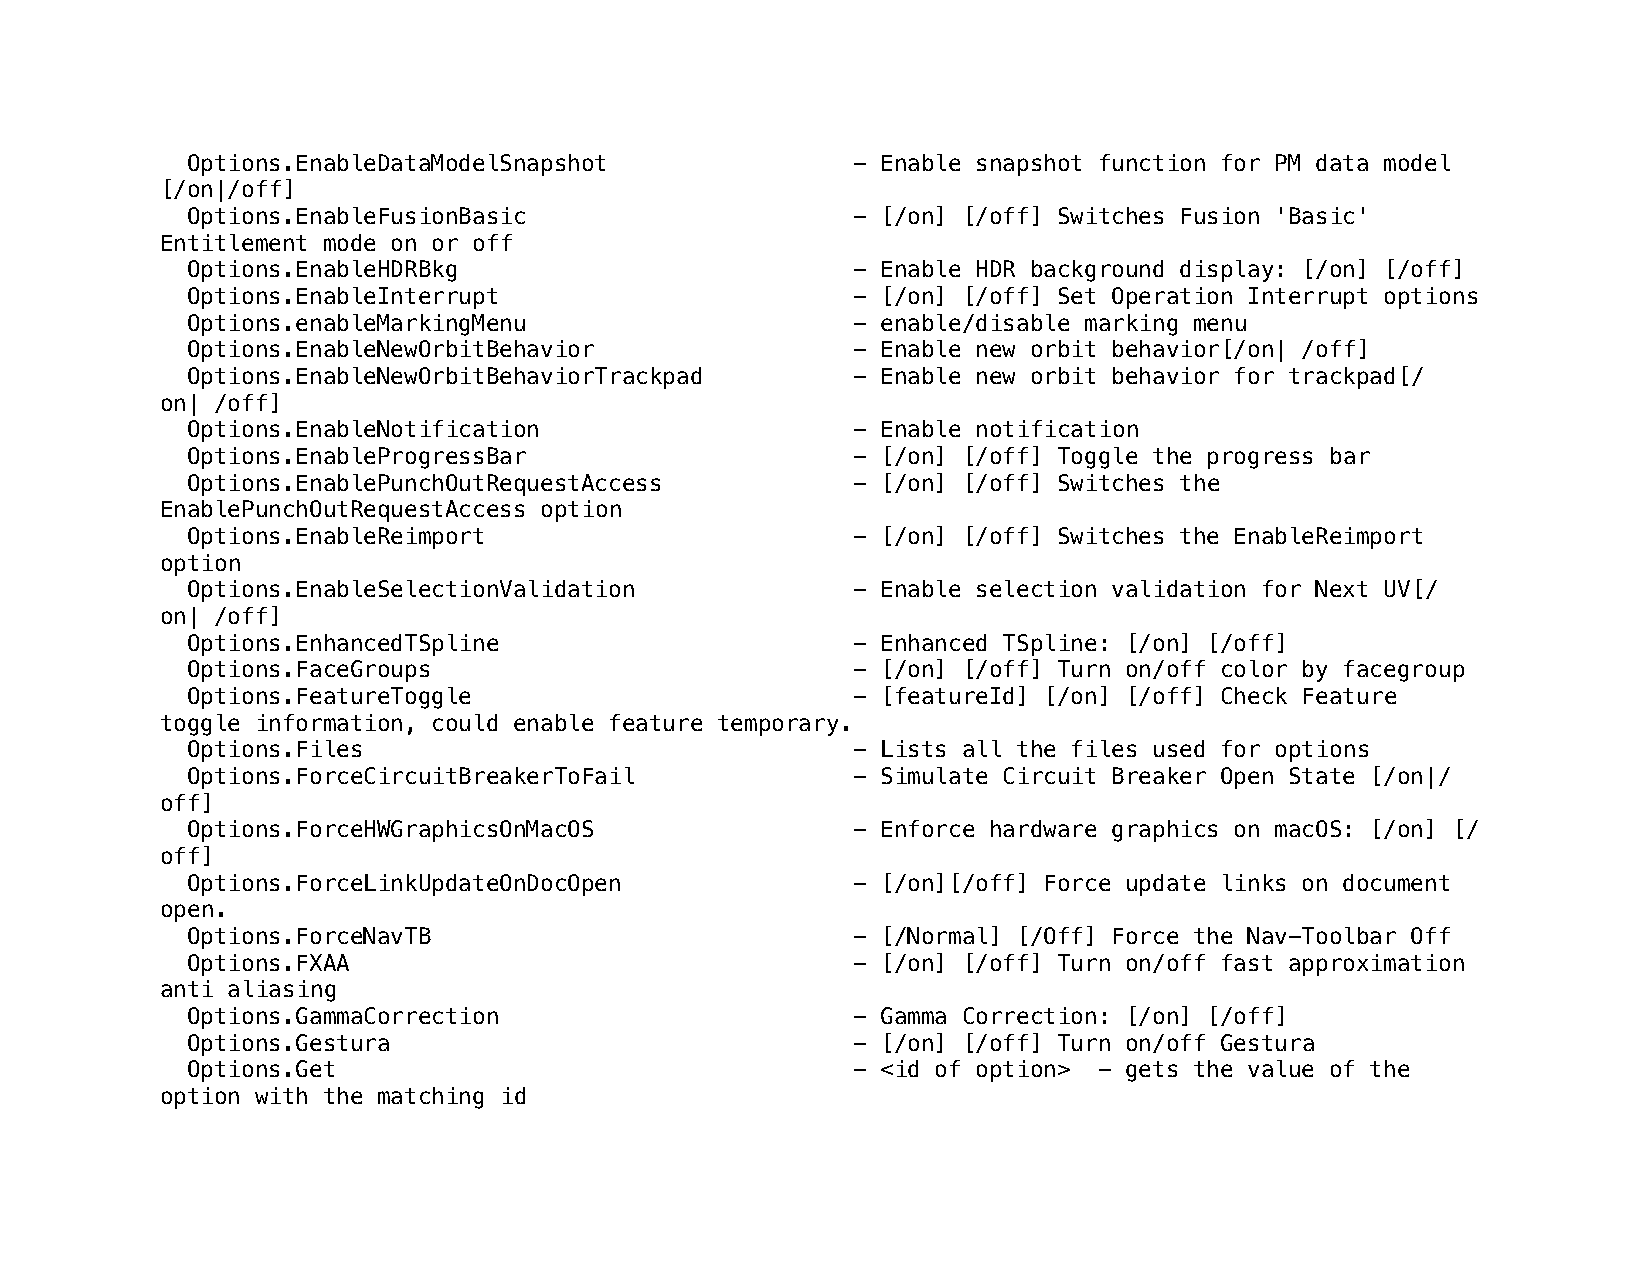
Options.EnableDataModelSnapshot             - Enable snapshot function for PM data model
 [/on|/off]
 Options.EnableFusionBasic                   - [/on] [/off] Switches Fusion 'Basic'
 Entitlement mode on or off
 Options.EnableHDRBkg                        - Enable HDR background display: [/on] [/off]
 Options.EnableInterrupt                     - [/on] [/off] Set Operation Interrupt options
 Options.enableMarkingMenu                   - enable/disable marking menu
 Options.EnableNewOrbitBehavior              - Enable new orbit behavior[/on| /off]
 Options.EnableNewOrbitBehaviorTrackpad      - Enable new orbit behavior for trackpad[/
 on| /off]
 Options.EnableNotification                  - Enable notification
 Options.EnableProgressBar                   - [/on] [/off] Toggle the progress bar
 Options.EnablePunchOutRequestAccess         - [/on] [/off] Switches the
 EnablePunchOutRequestAccess option
 Options.EnableReimport                      - [/on] [/off] Switches the EnableReimport
 option
 Options.EnableSelectionValidation           - Enable selection validation for Next UV[/
 on| /off]
 Options.EnhancedTSpline                     - Enhanced TSpline: [/on] [/off]
 Options.FaceGroups                          - [/on] [/off] Turn on/off color by facegroup
 Options.FeatureToggle                       - [featureId] [/on] [/off] Check Feature
 toggle information, could enable feature temporary.
 Options.Files                               - Lists all the files used for options
 Options.ForceCircuitBreakerToFail           - Simulate Circuit Breaker Open State [/on|/
 off]
 Options.ForceHWGraphicsOnMacOS              - Enforce hardware graphics on macOS: [/on] [/
 off]
 Options.ForceLinkUpdateOnDocOpen            - [/on][/off] Force update links on document
 open.
 Options.ForceNavTB                          - [/Normal] [/Off] Force the Nav-Toolbar Off
 Options.FXAA                                - [/on] [/off] Turn on/off fast approximation
 anti aliasing
 Options.GammaCorrection                     - Gamma Correction: [/on] [/off]
 Options.Gestura                             - [/on] [/off] Turn on/off Gestura
 Options.Get                                 - <id of option> - gets the value of the
 option with the matching id